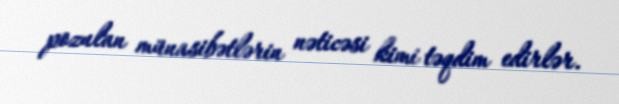
pozulan münasibətlərin nəticəsi kimi təqdim edirlər.